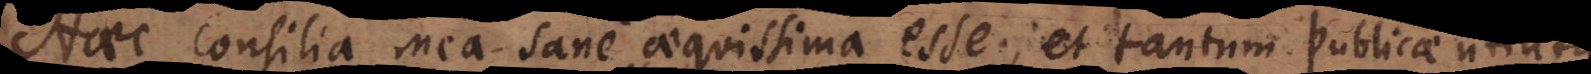
Haec consilia mea sane aequissima esse, et tantum publicae ut